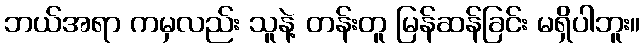
ဘယ်အရာ ကမှလည်း သူနဲ့ တန်းတူ မြန်ဆန်ခြင်း မရှိပါဘူး။